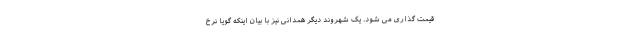
قیمت گذاری می شود. یک شهروند دیگر همدانی نیز با بیان اینکه گویا نرخ